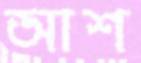
আশ